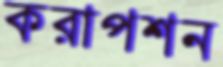
করাপশন